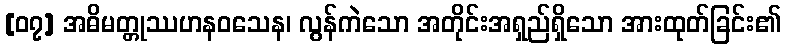
[၀၇] အဓိမတ္တုဿဟနဝသေန၊ လွန်ကဲသော အတိုင်းအရှည်ရှိသော အားထုတ်ခြင်း၏